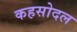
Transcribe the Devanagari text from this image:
कहसोदल